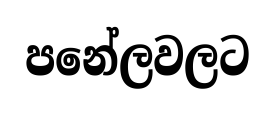
පනේලවලට